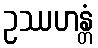
ဥဿဟန္တံ